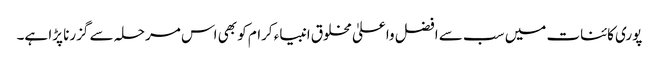
پوری کائنات میں سب سے افضل واعلیٰ مخلوق انبیاء کرام کو بھی اس مرحلہ سے گزرنا پڑا ہے۔